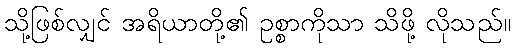
သို့ဖြစ်လျှင် အရိယာတို့၏ ဥစ္စာကိုသာ သိဖို့ လိုသည်။